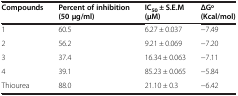
<table><thead><tr><td><b>Compounds</b></td><td><b>Percent of inhibition (50 μg/ml)</b></td><td><b>IC<sub>50</sub> ± S.E.M (μM)</b></td><td><b>ΔGo (Kcal/mol)</b></td></tr></thead><tbody><tr><td>1</td><td>60.5</td><td>6.27 ± 0.037</td><td>−7.49</td></tr><tr><td>2</td><td>56.2</td><td>9.21 ± 0.069</td><td>−7.20</td></tr><tr><td>3</td><td>37.4</td><td>16.34 ± 0.063</td><td>−7.11</td></tr><tr><td>4</td><td>39.1</td><td>85.23 ± 0.065</td><td>−5.84</td></tr><tr><td>Thiourea</td><td>88.0</td><td>21.10 ± 0.3</td><td>−6.42</td></tr></tbody></table>